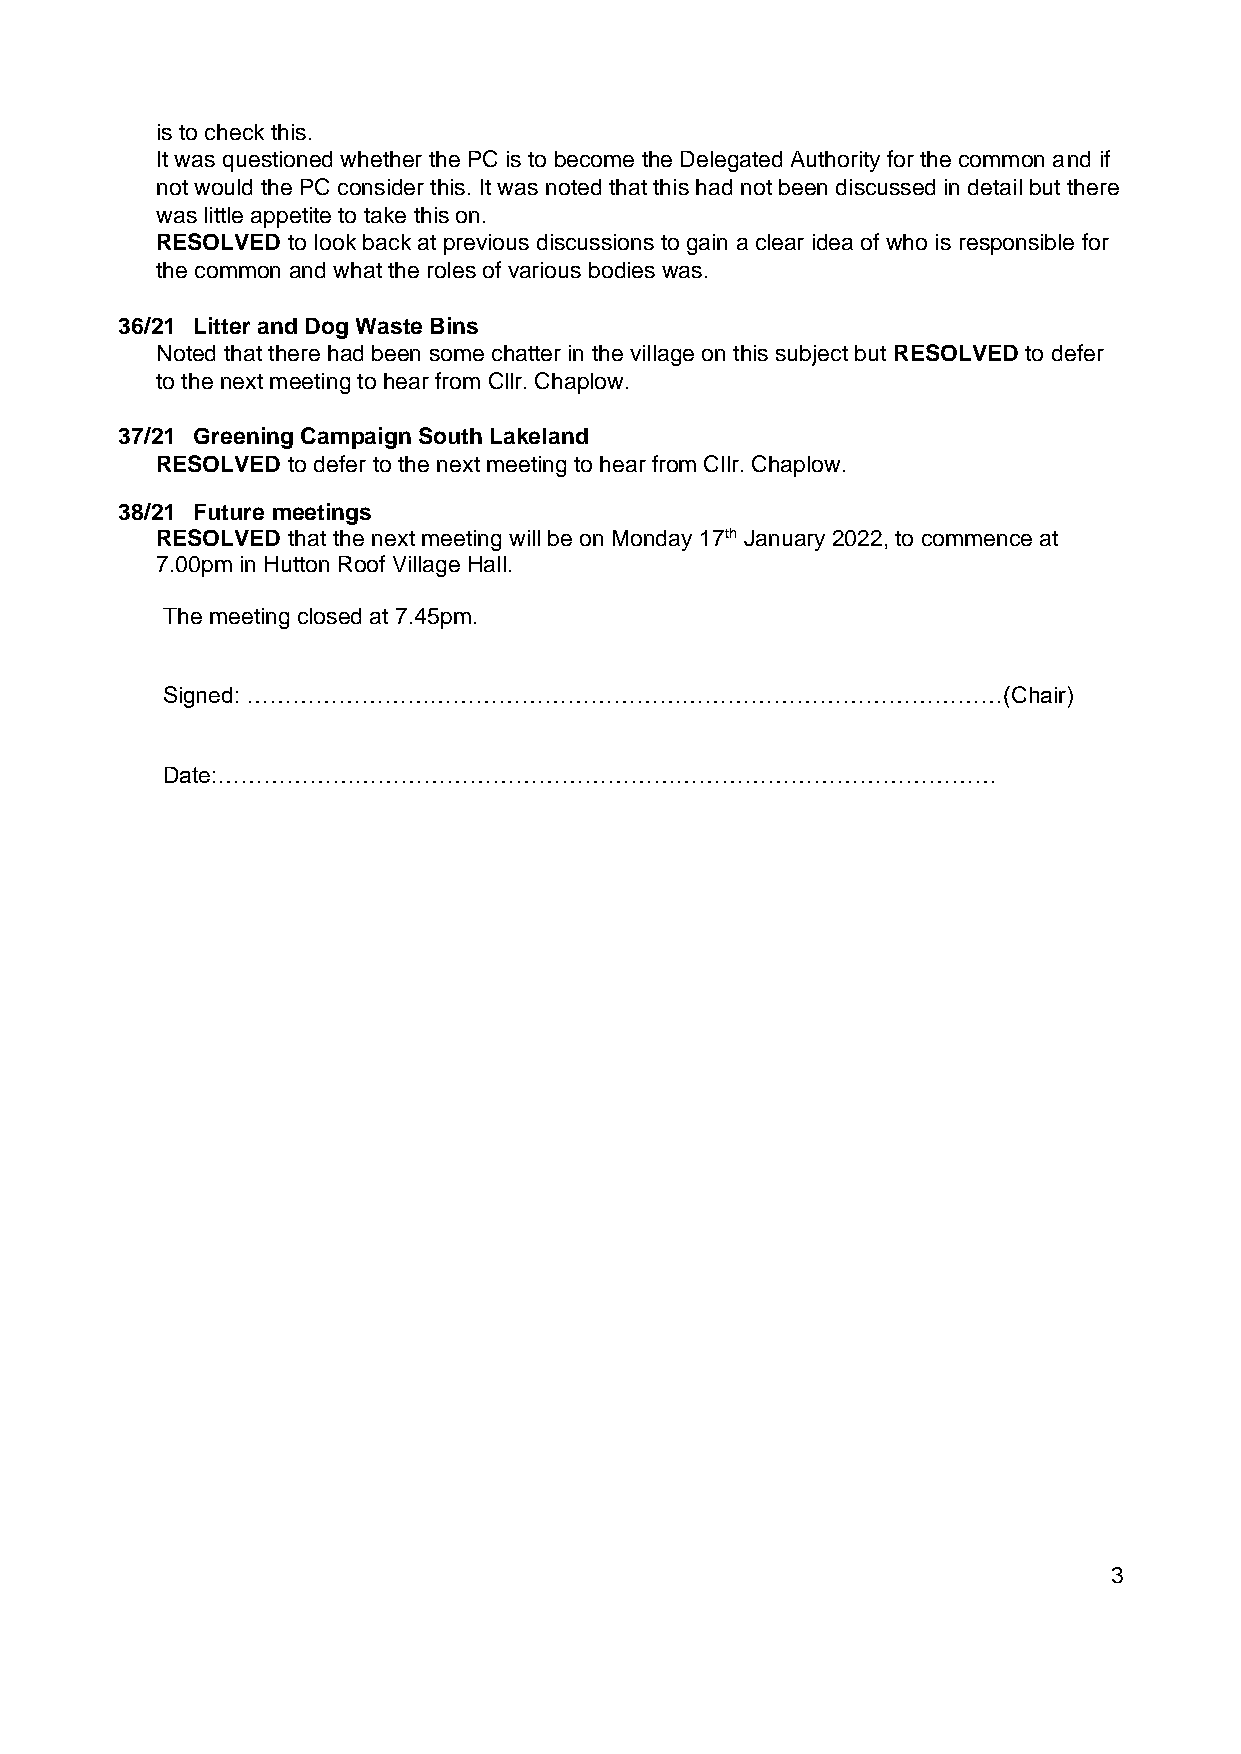
is to check this.
 It was questioned whether the PC is to become the Delegated Authority for the common and if
 not would the PC consider this. It was noted that this had not been discussed in detail but there
 was little appetite to take this on.
 RESOLVED to look back at previous discussions to gain a clear idea of who is responsible for
 the common and what the roles of various bodies was.
 36/21 Litter and Dog Waste Bins
 Noted that there had been some chatter in the village on this subject but RESOLVED to defer
 to the next meeting to hear from Cllr. Chaplow.
 37/21 Greening Campaign South Lakeland
 RESOLVED to defer to the next meeting to hear from Cllr. Chaplow.
 38/21 Future meetings
 RESOLVED that the next meeting will be on Monday 17th January 2022, to commence at
 7.00pm in Hutton Roof Village Hall.
 The meeting closed at 7.45pm.
 Signed: ………………………………………………………………………………………(Chair)
 Date:…………………………………………………………………………………………
 3